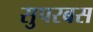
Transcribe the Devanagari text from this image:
सुपरबस